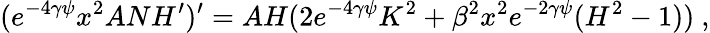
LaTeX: (e^{-4\gamma\psi}x^{2}ANH^{\prime})^{\prime}=AH(2e^{-4\gamma\psi}K^{2}+\beta^{2}x^{2}e^{-2\gamma\psi}(H^{2}-1))\ ,